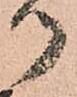
つ